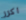
اكرر